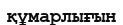
құмарлығын